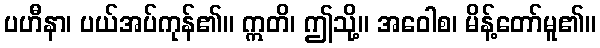
ပဟီနာ၊ ပယ်အပ်ကုန်၏။ ဣတိ၊ ဤသို့။ အဝေါစ၊ မိန့်တော်မူ၏။